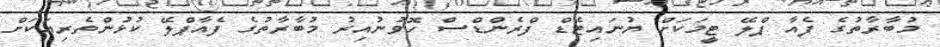
މުބާރާތުގެ ފެއާ ޕްލޭ ޓީމަކަށް ޔުނައިޓެޑް ފްރެންޑްސް ހޮވުނުއިރު މުބާރާތުގެ ފެއާޕްލޭ ކުޅުންތެރިއަކަށް